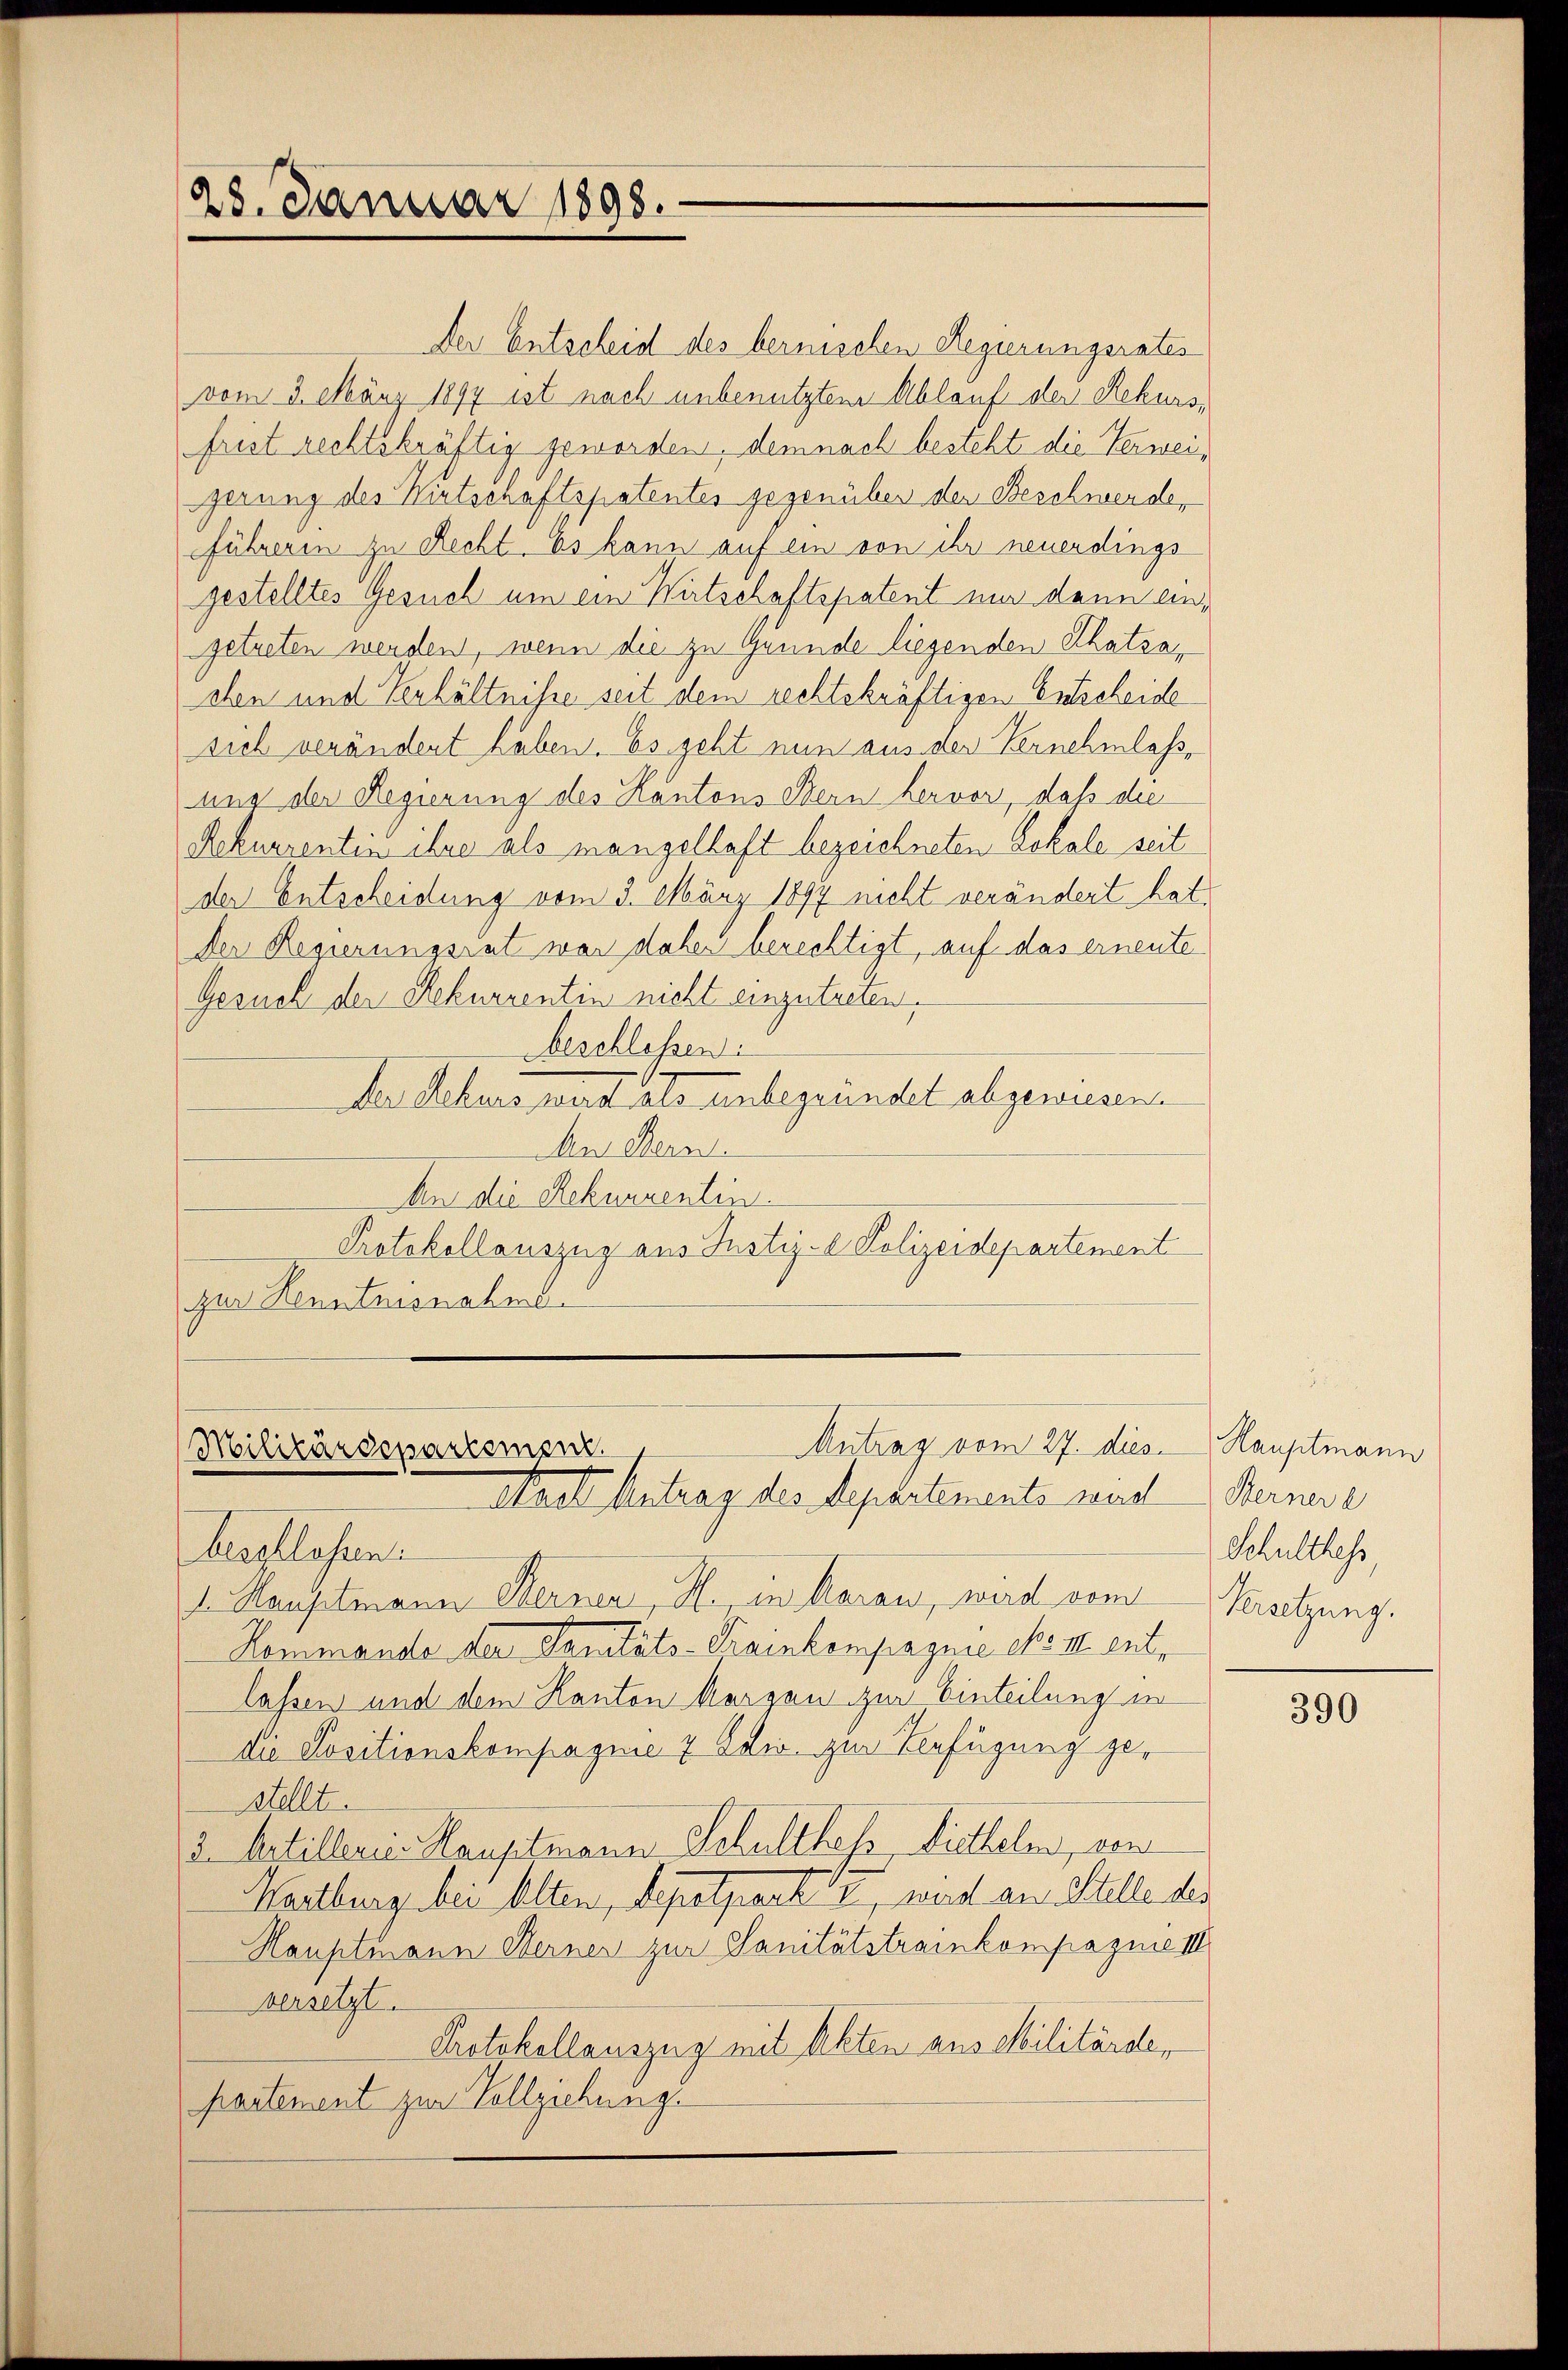
28. Januar 1898.

Der Entscheid des bernischen Regierungsrates
vom 3. März 1894 ist nach unbenutzten Ablauf der Rekursfrist rechtskräftig geworden, demnach besteht die Verweigerung des Wirtschaftspatentes gegenüber den Beschwerde,
führerin zu Recht. Es kann auf ein von ihr neuerdings
gestelltes Gesuch um ein Wirtschaftspatent nur denn eingetreten werden, wenn die zu Grunde liegenden Thatsachen und Verhältnisse seit dem rechtskräftigen Entscheide
sich verändert haben. Es geht nun aus der Vernehmlass
ung der Regierung des Kantons Bern hervor, daß die
Rekurrentin ihre als mangelhaft bezeichneten Lokale seit
der Entscheidung vom 3. März 1897 nicht verändert hat
der Regierungsrat war dabei berechtigt, auf das erneute
Gesuch der Rekurrentin nicht einzutreten,
beschlossen:
der Schens wird als unbegründelt abgewiesen.
Ma Mein
An die Rekurrentin.
Protokollauszug aus Justiz- Polizeidepartement
zur Kenntnisnahme.

Antrag vom 27. dies
Militärdepartement.
staet Antrag des Departements wird Bernere

beschlossen
1 Hauptmann Berner, H., in Aarau, wird vom Versetzung.
Kommande der Sanitäts-Trainkompagnie es II. entr
lassen und dem Kanton Margau zur Einteilung in
die Positionskompagnie 7 Edwo zur Befügung gestellt.
3. Artillerin Hauptmann Schulthess, Diethelm, von
Wartburg bei Alten, Depotparte, wird an Stelle des
Hauptmann Sterner zur Sanitätstrainkompazme III
versetzt.
Protokollauszug mit Akten aus Militärder
partement zur Vollziehunge

Hauptmann
Schulthess,

390